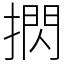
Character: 㨛